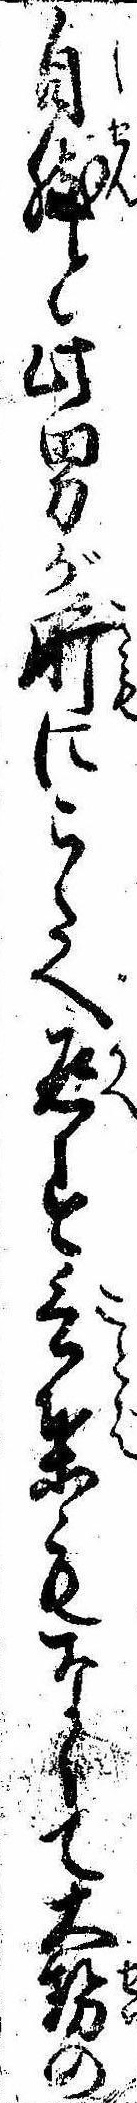
自然と此男が肝にこたへ返す言葉もなくて大勢の